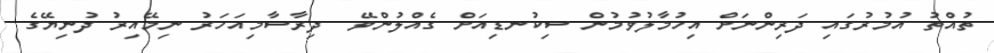
ތުއްތު އުމުރުގައި ދަރިންނަށް އިހުމާލުވުމުން ސިކުނޑިއަށް ގެއްލުންވޭ  ދިރާސާމިއަހަރު ނިމޭއިރު ދުނިޔޭގެ